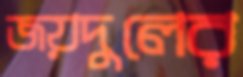
জয়দুলের